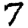
Digit: 7